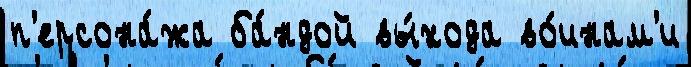
п'ерсона́жа ба́ндой вы́хода во́инам'и